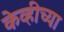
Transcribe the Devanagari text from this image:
केव्हीच्या